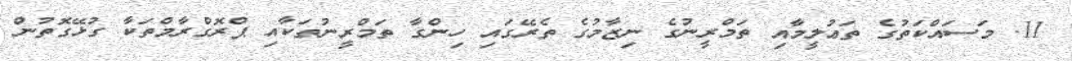
11. މަސައްކަތުގެ ތަޢުލީމާއި ތަމްރީނުގެ ނިޒާމުގެ ތެރޭގައި ހިންގާ ތަމްރީނުތަކާއި ޕްރޮގްރާމްތަކާ ގުޅޭގޮތުން